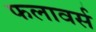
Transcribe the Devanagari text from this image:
फलावर्स